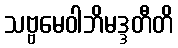
သဗ္ဗမေဝါဘိမဒ္ဒတီတိ